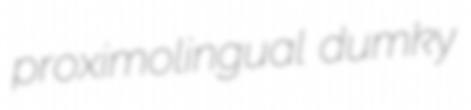
proximolingual dumky